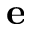
\mathbf { e }